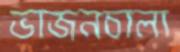
ভাজনচালা